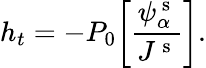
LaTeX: h_{t}=-P_{0}\bigg[\frac{\psi_{\alpha}^{\mathrm{~s~}}}{J^{\mathrm{~s~}}}\bigg].